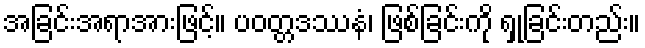
အခြင်းအရာအားဖြင့်။ ပဝတ္တဒဿနံ၊ ဖြစ်ခြင်းကို ရှုခြင်းတည်း။